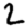
Digit: 2